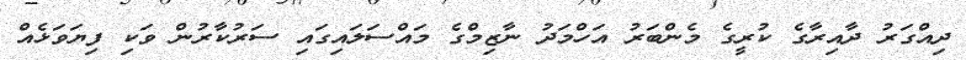
ދިއްގަރު ދާއިރާގެ ކުރީގެ މެންބަރު އަހްމަދު ނާޒިމްގެ މައްސަލައިގައި ސަރުކާރުން ވަކި ފިޔަވަޅެއް